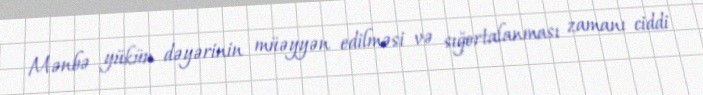
Mənbə yükün dəyərinin müəyyən edilməsi və sığortalanması zamanı ciddi